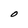
Character: O